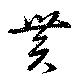
貫